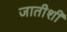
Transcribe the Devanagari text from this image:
जातीशीं